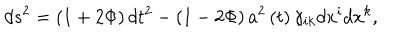
d s ^ { 2 } = \left( 1 + 2 \Phi \right) d t ^ { 2 } - \left( 1 - 2 \Phi \right) a ^ { 2 } \left( t \right) \gamma _ { i k } d x ^ { i } d x ^ { k } ,